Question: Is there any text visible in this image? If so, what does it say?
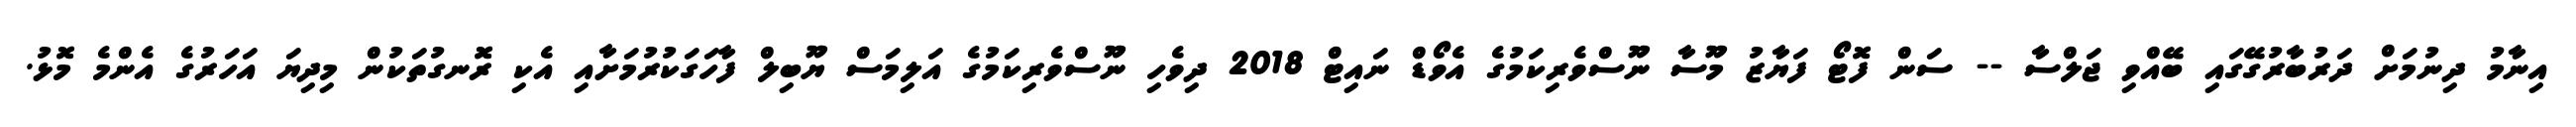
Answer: އިނާމު ދިނުމަށް ދަރުބާރުގޭގައި ބޭއްވި ޖަލްސާ -- ސަން ފޮޓޯ ފަޔާޒު މޫސާ ނޫސްވެރިކަމުގެ އެވޯޑް ނައިޓް 2018 ދިވެހި ނޫސްވެރިކަމުގެ އަލިމަސް ޔޫބިލް ފާހަގަކުރުމަށާއި އެކި ރޮނގުތަކުން މިދިޔަ އަހަރުގެ އެންމެ މޮޅު.